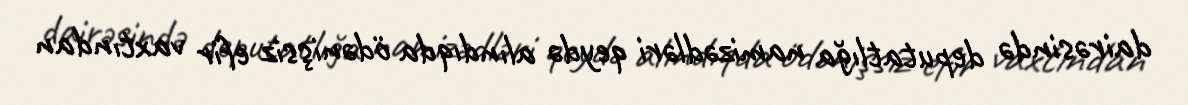
dairəsində deputatlığa namizədləri qeydə alındıqda ödənişsiz efir vaxtından